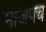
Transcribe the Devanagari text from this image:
भाजपच